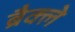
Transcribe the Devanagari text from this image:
ब्रैक्ले